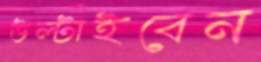
উল্‌টাইবেন